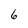
Character: 6